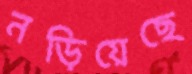
নড়িয়েছে